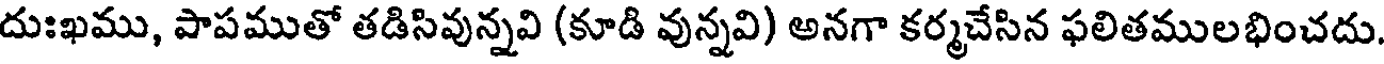
దుఃఖము, పాపముతో తడిసివున్నవి (కూడి వున్నవి) అనగా కర్మచేసిన ఫలితములభించదు.